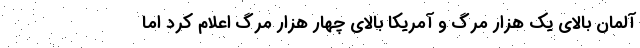
آلمان بالای یک هزار مرگ و آمریکا بالای چهار هزار مرگ اعلام کرد اما